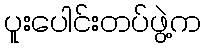
ပူးပေါင်းတပ်ဖွဲ့က